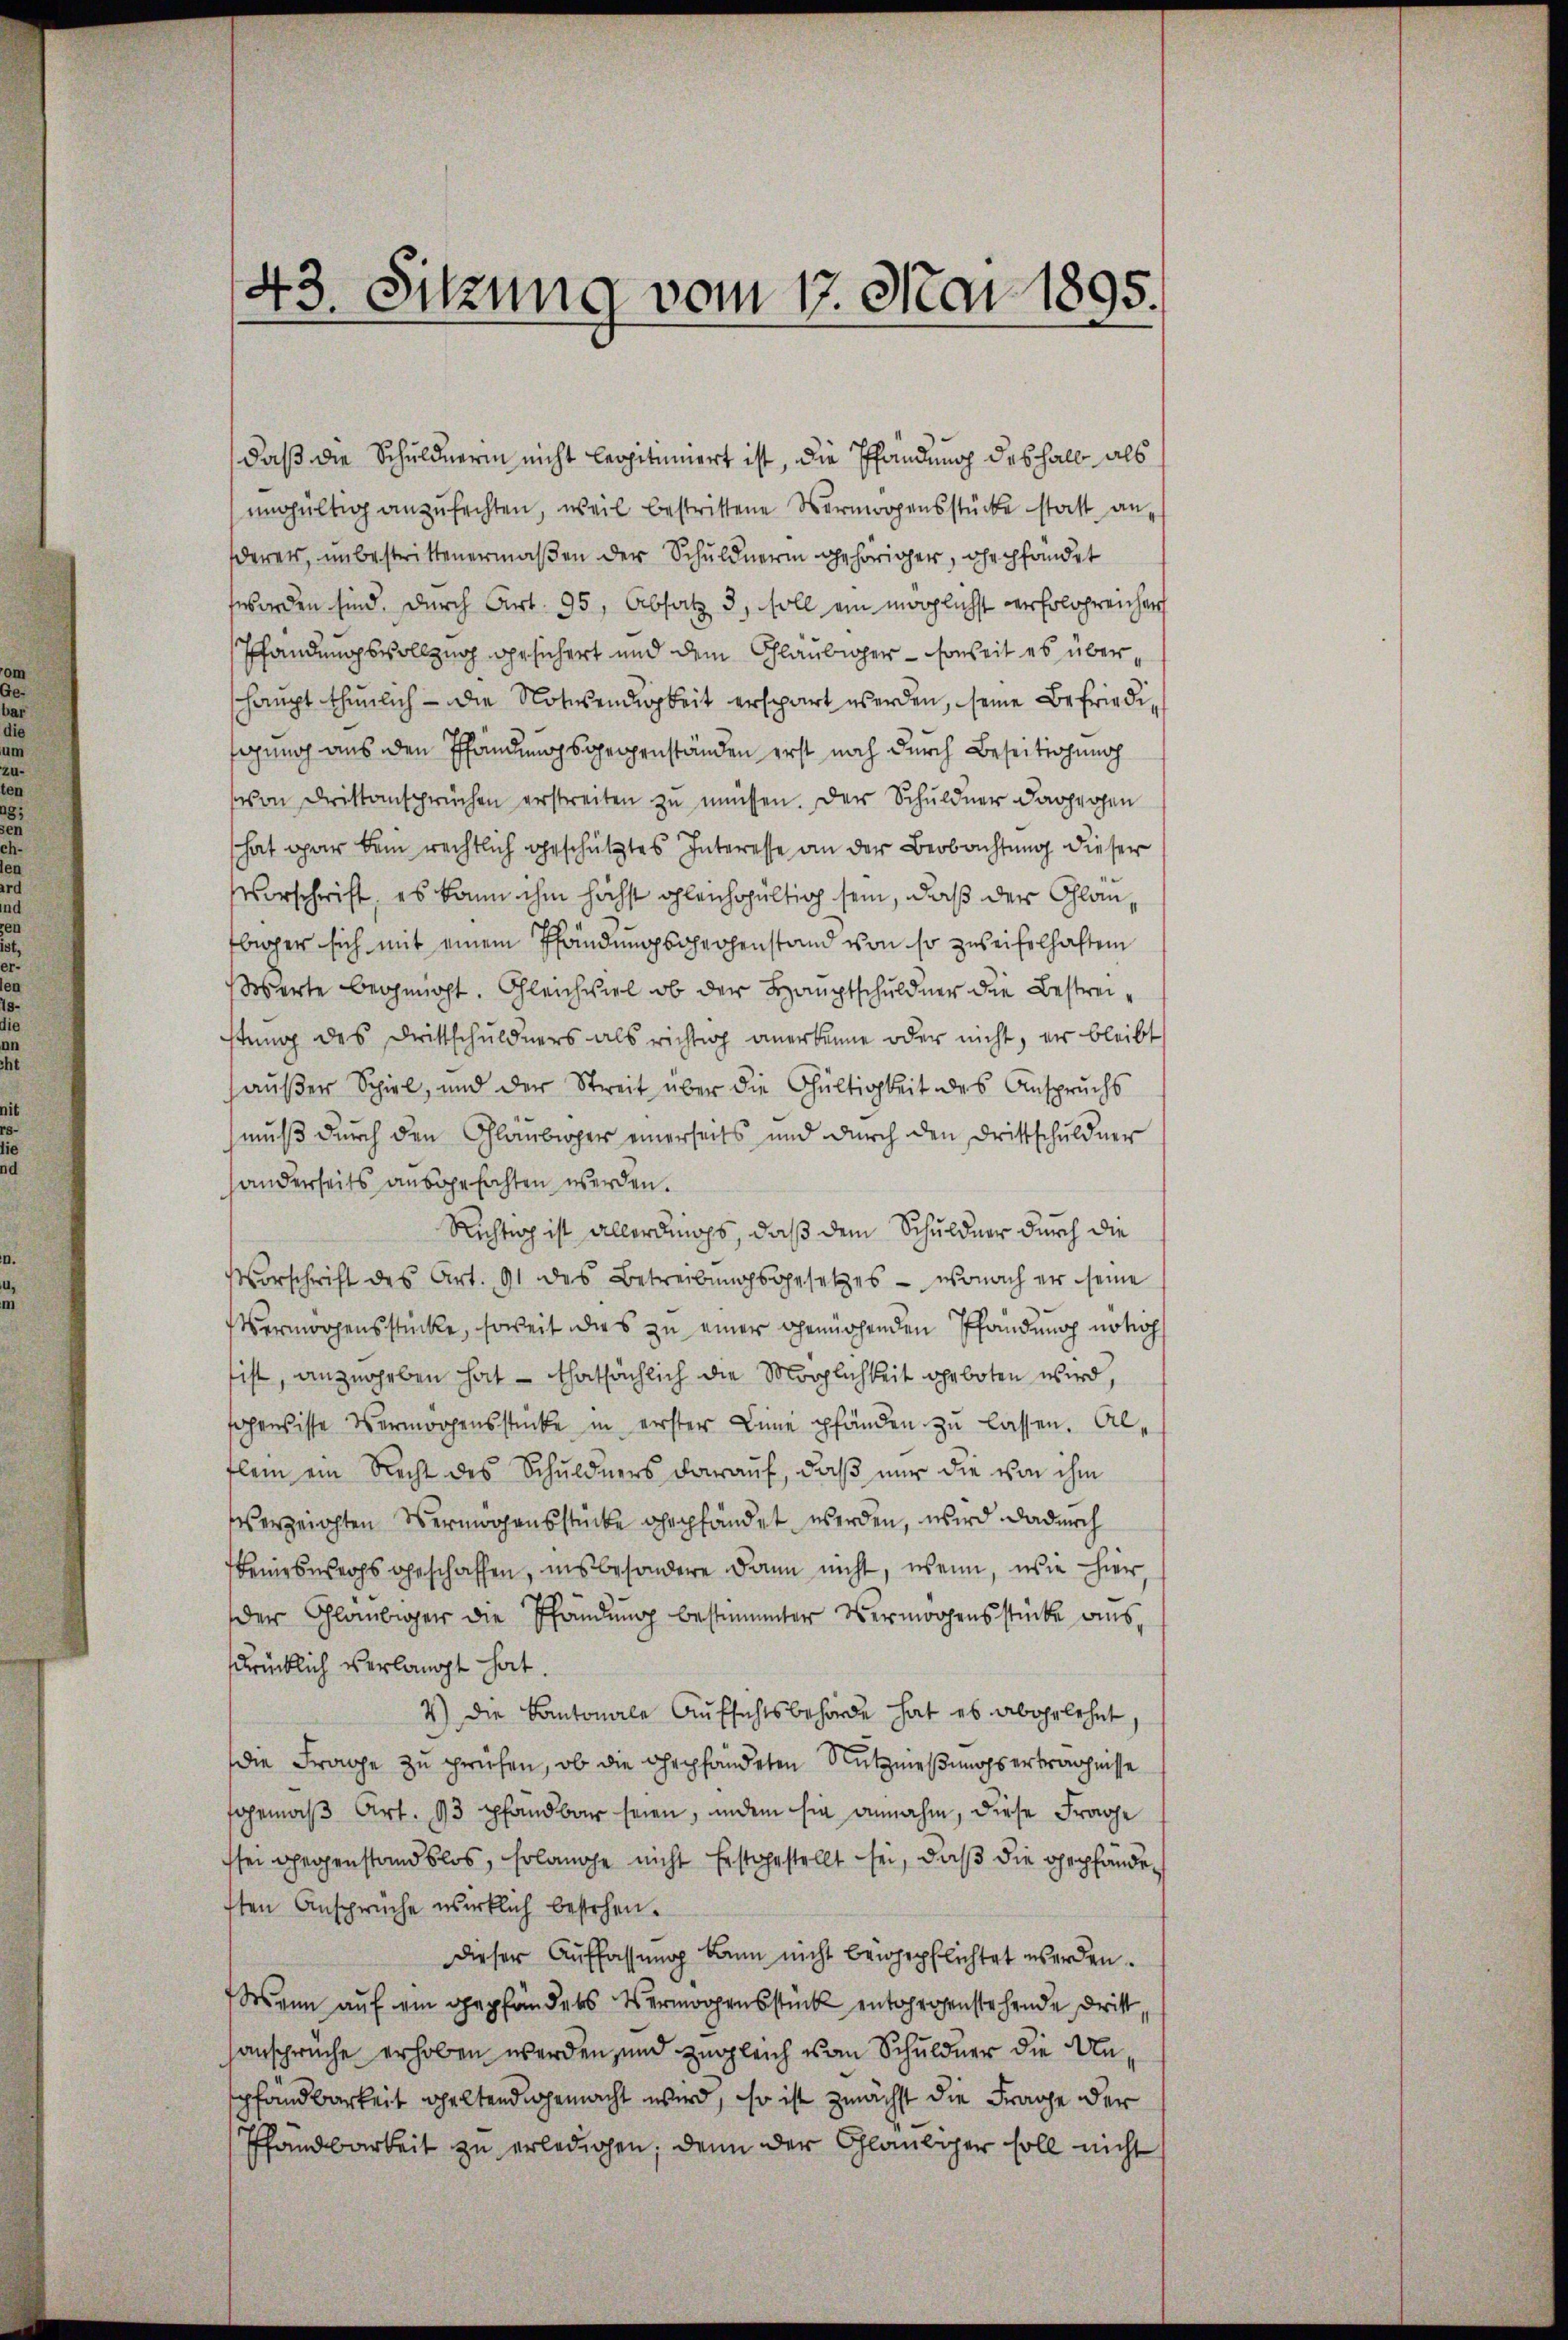
daß die Schuldnerin nicht legitimiert ist, die Pfändung deshalb als
ungültig anzufechten, weil bestrittene Vermorgensstücke statt an
derer, unbestrittenermaßen der Schuldnerin gehöriger, ohepfändet
worden sind. Durch Art. 95, Absatz 3, soll ein möglichst verfolgreicher
Pfändungsvollzug gesichert und dem Gläubiger - soweit es überhaupt thunlich - die Notwendigkeit erspart werden, seine Befriedigung aus den Pfändungsgegenständen erst noch durch Beseitiohung
von Drittansprüchen erstreiten zu müssen. Der Schuldner dagegen
hat gar dem rechtlich geschütztes Interesse an der Beobachtung dieser
Vorschrift, es kann ihm höchst gleichgültig sein, daß der Schlan¬
Ebiger sich mit einem Pfändungschechenstand von so zweifelhaften
Werte begnügt. Gleichviel ob der Hauptschuldner die Bestreistung des Drittschuldners als richtig anerkenne oder nicht, er bleibt
außer Spiel, und der Streit über die Gültigkeit des Anspruchs
muß durch den Glaubiger einerseits und durch den Drittschuldner
anderseits ausgefochten werden.
Richtig ist allerdings, daß dem Schuldner durch die
Vorschrift des Art. 91 des Betreibŭngsgesetzes - wonach er seine
Vermorgensstücke, soweit dies zu einer gemühenden Pfändung notio
sist, anzugeben hat – thatsächlich die Möglichkeit geboten wird,
spensisse Vermögensstücke in erster Linie pfänden zu lassen. Alflein ein Recht des Schuldners darauf, daß nur die von ihm
erzeichten Vermögensstücke gepfändet werden, wird dadurch
keineswegs geschaffen, insbesondere dann nicht, wenn, wie hier,
der Gläubiger die Pfandung bestimmter Vermögensstücke aus,
sdrücklich verlangt hat.
7) die Kantonale Aufsichtsbehörde hat es abgelehnt,
die Frage zu prüfen, ob die gepfändeten Nutznießungserträgnisse
gemäß Art. 93 pfandbar seien, indem sie annahm, diese Frage
sei gegenstandslos, solange nicht festgestellt sei, daß die gepfände
sten Ansprüche wirklich bestehen.
dieser Auffassung kann nicht beigepflichtet werden.
Wann auf ein gepfändetes Vermögensstück entgegenstehende dritt,
ansprüche erhoben werden, und zugleich vom Schuldner die Unpfandbarkeit geltendigemacht wird, so ist zunächst die Frage der
Pfandbarkeit zu erledigen, denn der Gläubiger soll nicht

43. Sitzung vom 17. Mai 1895.